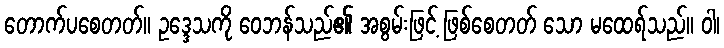
တောက်ပစေတတ်။ ဥဒ္ဒေသကို ဝေဘန်သည်၏ အစွမ်းဖြင့် ဖြစ်စေတတ် သော မထေရ်သည်။ ဝါ၊